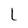
Character: l